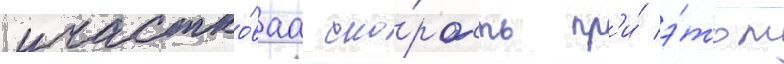
участко́ваа ско́рость пр'и́ э́том